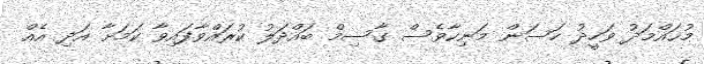
މުޙައްމަދު ވަހީދު ހަސަން މަނިކާވެސް ގާސިމް ބައްދަލު ކުރައްވާފައިވާ ކަމަށާ އަދި އެއް